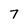
Character: 7